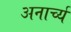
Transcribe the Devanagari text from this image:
अनार्च्य